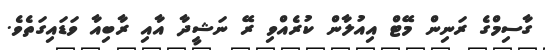
ގާސިމްގެ ރަނިން މޭޓް އިއުލާން ކުރެއްވި ރޭ ނަޝީދާ އާއި ރާބިއާ ވަޑައިގަތެވެ.